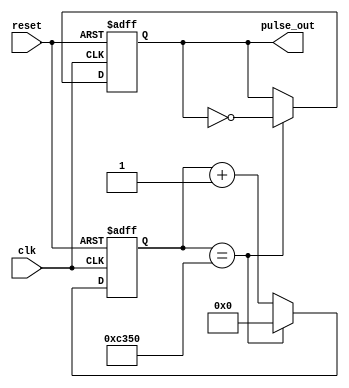
module async_pulse_generator (
    input wire clk,             // Input clock signal
    input wire reset,           // Input reset signal
    output reg pulse_out        // Output asynchronous pulse
);

reg [15:0] counter;            // Counter for clock divider
reg pulse_state;               // State variable for pulse generation

always @(posedge clk or posedge reset) begin
    if (reset) begin
        counter <= 16'b0;
        pulse_state <= 1'b0;
    end else begin
        if (counter == 16'd50000) begin    // Adjust frequency by changing the counter value
            counter <= 16'b0;
            pulse_state <= ~pulse_state;    // Toggle pulse state
        end else begin
            counter <= counter + 1;
        end
    end
end

assign pulse_out = pulse_state;  // Output the generated pulse

endmodule